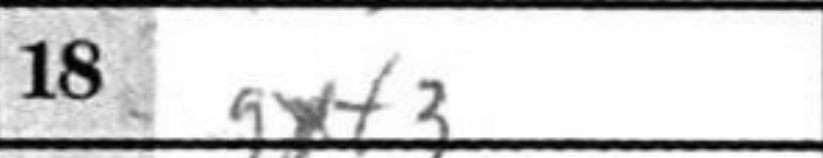
Transcription: gxf3